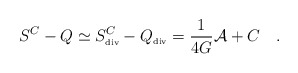
\begin{align*}S^C-Q\simeq S^C_{\tiny\mbox{div}}-Q_{\tiny\mbox{div}}={1 \over 4G}{\cal A}+C~~~.\end{align*}